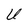
Character: U